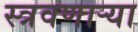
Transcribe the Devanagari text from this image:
स्त्रवणार्‍या